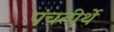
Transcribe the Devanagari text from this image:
पंचतीर्थे